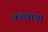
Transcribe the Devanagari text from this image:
कंठ्याचा